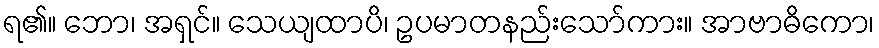
ရ၏။ ဘော၊ အရှင်။ သေယျထာပိ၊ ဥပမာတနည်းသော်ကား။ အာဗာဓိကော၊